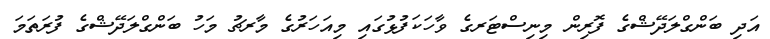
އަދި ބަންގްލަދޭޝްގެ ފޮރިން މިނިސްޓަރގެ ވާހަކަފުޅުގައި މިއަހަރުގެ މާރޗު މަހު ބަންގްލަދޭޝްގެ ފުރަތަމަ